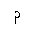
Letter: _mim